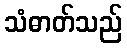
သံဓာတ်သည်